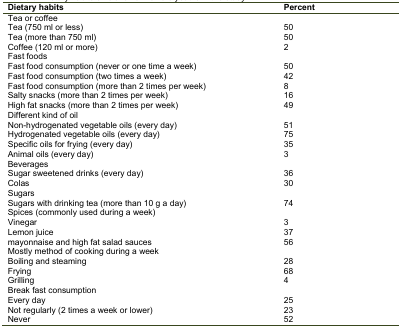
<table><thead><tr><td><b>Dietary habits</b></td><td><b>Percent</b></td></tr></thead><tbody><tr><td>Tea or coffee</td><td></td></tr><tr><td>Tea (750 ml or less)</td><td>50</td></tr><tr><td>Tea (more than 750 ml)</td><td>50</td></tr><tr><td>Coffee (120 ml or more)</td><td>2</td></tr><tr><td>Fast foods</td><td></td></tr><tr><td>Fast food consumption (never or one time a week)</td><td>50</td></tr><tr><td>Fast food consumption (two times a week)</td><td>42</td></tr><tr><td>Fast food consumption (more than 2 times per week)</td><td>8</td></tr><tr><td>Salty snacks (more than 2 times per week)</td><td>16</td></tr><tr><td>High fat snacks (more than 2 times per week)</td><td>49</td></tr><tr><td>Different kind of oil</td><td></td></tr><tr><td>Non-hydrogenated vegetable oils (every day)</td><td>51</td></tr><tr><td>Hydrogenated vegetable oils (every day)</td><td>75</td></tr><tr><td>Specific oils for frying (every day)</td><td>35</td></tr><tr><td>Animal oils (every day)</td><td>3</td></tr><tr><td>Beverages</td><td></td></tr><tr><td>Sugar sweetened drinks (every day)</td><td>36</td></tr><tr><td>Colas</td><td>30</td></tr><tr><td>Sugars</td><td></td></tr><tr><td>Sugars with drinking tea (more than 10 g a day)</td><td>74</td></tr><tr><td>Spices (commonly used during a week)</td><td></td></tr><tr><td>Vinegar</td><td>3</td></tr><tr><td>Lemon juice</td><td>37</td></tr><tr><td>mayonnaise and high fat salad sauces</td><td>56</td></tr><tr><td>Mostly method of cooking during a week</td><td></td></tr><tr><td>Boiling and steaming</td><td>28</td></tr><tr><td>Frying</td><td>68</td></tr><tr><td>Grilling</td><td>4</td></tr><tr><td>Break fast consumption</td><td></td></tr><tr><td>Every day</td><td>25</td></tr><tr><td>Not regularly (2 times a week or lower)</td><td>23</td></tr><tr><td>Never</td><td>52</td></tr></tbody></table>